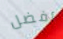
أفضل